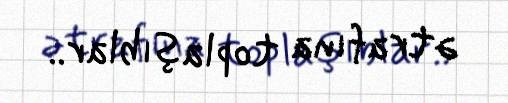
ətrafına toplaşıblar..